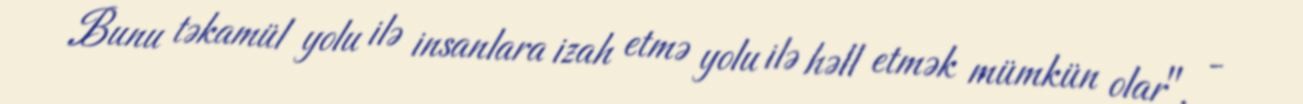
Bunu təkamül yolu ilə insanlara izah etmə yolu ilə həll etmək mümkün olar", -